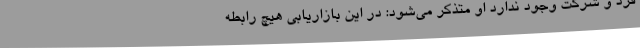
فرد و شرکت وجود ندارد او متذکر می‌شود: در این بازاریابی هیچ رابطه